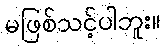
မဖြစ်သင့်ပါဘူး။